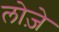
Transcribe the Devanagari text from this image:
लोज़े